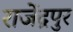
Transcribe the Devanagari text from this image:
राजेंद्रपुर